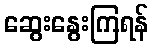
ဆွေးနွေးကြရန်